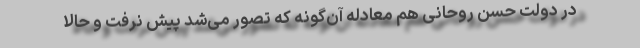
در دولت حسن روحانی هم معادله آن‌گونه که تصور می‌شد پیش نرفت و حالا